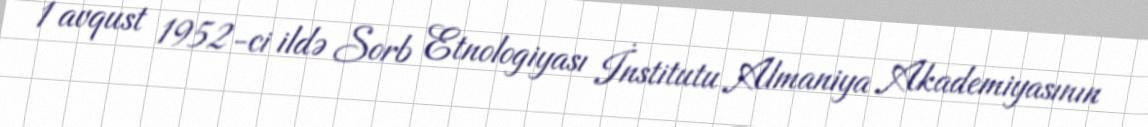
1 avqust 1952-ci ildə Sorb Etnologiyası İnstitutu Almaniya Akademiyasının